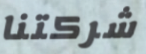
شركتنا